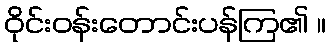
ဝိုင်းဝန်းတောင်းပန်ကြ၏ ။